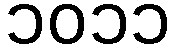
၁၀၁၁